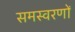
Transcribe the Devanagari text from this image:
समस्वरणों